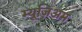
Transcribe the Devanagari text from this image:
म्यूज़िअम